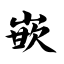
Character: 嵌